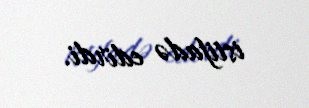
istifadə edirdi.